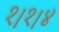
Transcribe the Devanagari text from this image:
१।१।४